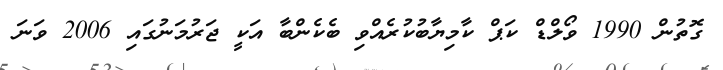
ގޮތުން 1990 ވޯލްޑް ކަޕް ކާމިޔާބުކުރެއްވި ބެކެންބާ އަކީ ޖަރުމަނުގައި 2006 ވަނަ